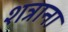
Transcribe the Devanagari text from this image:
शत्राना